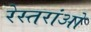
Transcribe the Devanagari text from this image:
रेस्तरांओ